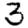
Digit: 3